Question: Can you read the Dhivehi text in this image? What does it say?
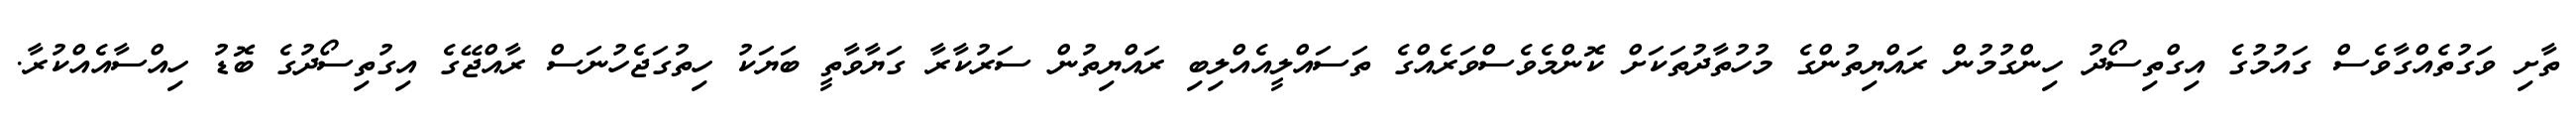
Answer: ތާށި ވަގުތެއްގާވެސް ގައުމުގެ އިގްތިސޯދު ހިންގުމުން ރައްޔިތުންގެ މުހުތާދުތަކަށް ކޮންމެވެސްވަރެއްގެ ތަސައްލީއެއްލިބި ރައްޔިތުން ސަރުކާރާ ގަޔާވާތީ ބަޔަކު ހިތުގަޖެހުނަސް ރާއްޖޭގެ އިގުތިސޯދުގެ ބޮޑު ހިއްސާއެއްކުރާ.